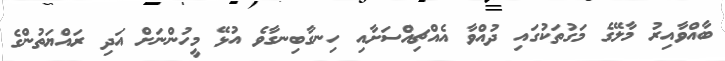
ބާއްވާއިރު މާލޭގެ މަގުތަކުގައި ދުއްވާ އެއްޗިއްސަށާއި ހިނގާބިނގާވެ އުޅޭ މީހުންނަށް އަދި ރައްޔަތުންގެ